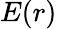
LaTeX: E(r)